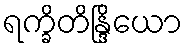
ရက္ခိတိန္ဒြိယော